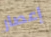
إعصار